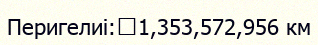
Перигелиі:	1,353,572,956 км